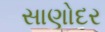
સાણોદર